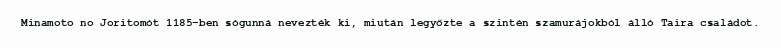
Minamoto no Joritomót 1185-ben sógunná nevezték ki, miután legyőzte a szintén szamurájokból álló Taira családot.